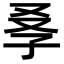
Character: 𡥍